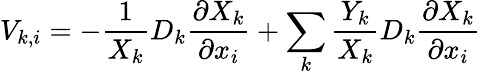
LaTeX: V_{k,i}=-\frac{1}{X_{k}}D_{k}\frac{\partial X_{k}}{\partial x_{i}}+\sum_{k}\frac{Y_{k}}{X_{k}}D_{k}\frac{\partial X_{k}}{\partial x_{i}}